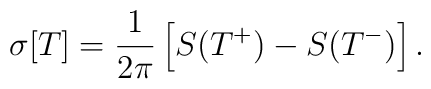
\sigma[T]={1\over2\pi}\left[S(T^+)-S(T^-)\right].